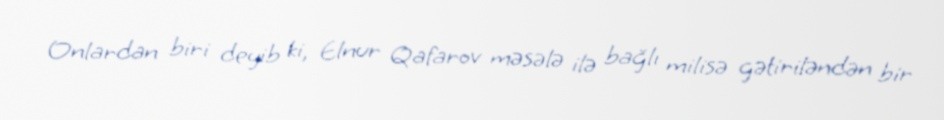
Onlardan biri deyib ki, Elnur Qafarov məsələ ilə bağlı milisə gətiriləndən bir